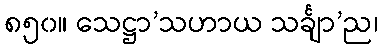
၈၅၀။ သေဋ္ဌာ’သဟာယ သင်္ချာ’ည၊